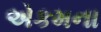
એકમના